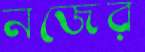
নজের